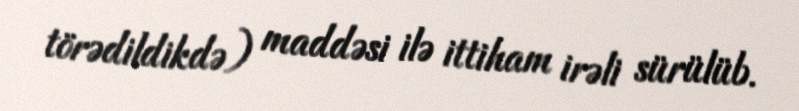
törədildikdə) maddəsi ilə ittiham irəli sürülüb.